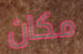
مكان